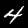
Label: 4